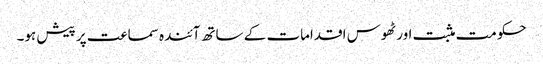
حکومت مثبت اور ٹھوس اقدامات کے ساتھ آئندہ سماعت پر پیش ہو۔